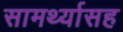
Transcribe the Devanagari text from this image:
सामर्थ्यासह